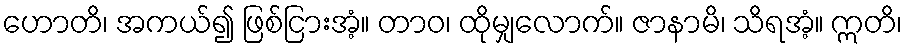
ဟောတိ၊ အကယ်၍ ဖြစ်ငြားအံ့။ တာဝ၊ ထိုမျှလောက်။ ဇာနာမိ၊ သိရအံ့။ ဣတိ၊